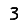
Digit: 3